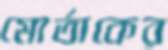
মোর্তাকের